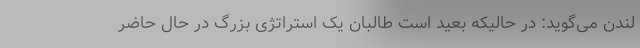
لندن می‌گوید: در حالیکه بعید است طالبان یک استراتژی بزرگ در حال حاضر